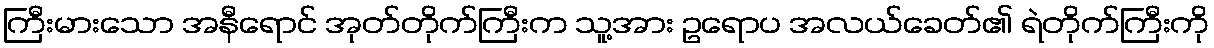
ကြီးမားသော အနီရောင် အုတ်တိုက်ကြီးက သူ့အား ဥရောပ အလယ်ခေတ်၏ ရဲတိုက်ကြီးကို